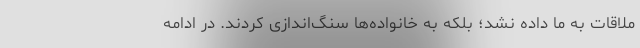
ملاقات به ما داده نشد؛ بلکه به خانواده‌ها سنگ‌اندازی کردند. در ادامه